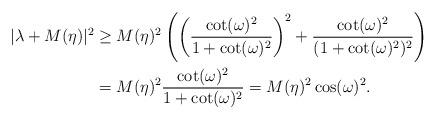
LaTeX: \begin{align*} |\lambda + M(\eta)|^2 &\geq M(\eta)^2\left( \left( \frac{\cot(\omega)^2}{ 1 + \cot(\omega)^2}\right)^2 + \frac{\cot(\omega)^2}{(1+\cot(\omega)^2)^2}\right) \\ &= M(\eta)^2 \frac{\cot(\omega)^2}{1+\cot(\omega)^2} = M(\eta)^2 \cos(\omega)^2. \end{align*}